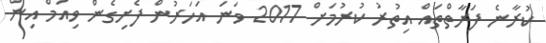
ކުރާނެ ފަރާތްތައް އިތުރު ކުރުމަށް 2017 ވަނަ އަހަރުން ފެށިގެން ވިއަމް އިން